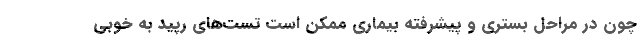
چون در مراحل بستری و پیشرفته بیماری ممکن است تست‌های رپید به خوبی